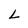
Character: L